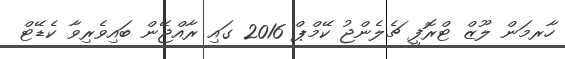
ހާރމަން ލޫޒް ޓްރޮފީ ޗެލެންޖު ކޭމްޕް 2016 ގައި ރާއްޖޭން ބައިވެރިވާ ކެޑޭޓް